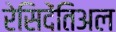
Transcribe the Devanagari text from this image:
रेसिदेंतिअल